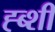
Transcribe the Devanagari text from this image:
ह्ब्शी